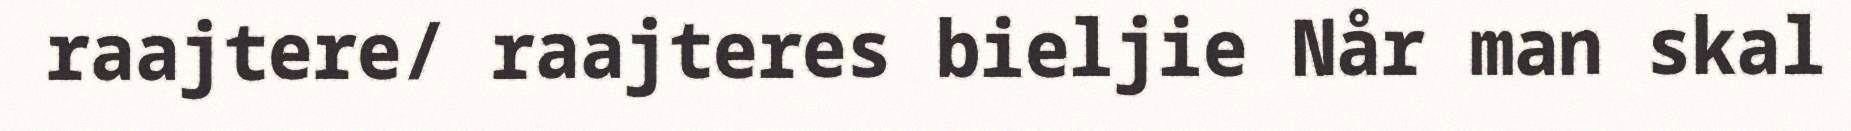
raajtere/ raajteres bieljie Når man skal